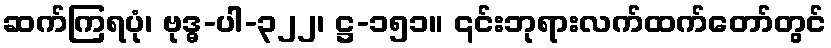
ဆက်ကြရပုံ၊ ဗုဒ္ဓ-ပါ-၃၂၂၊ ဋ္ဌ-၁၅၁။ ၎င်းဘုရားလက်ထက်တော်တွင်